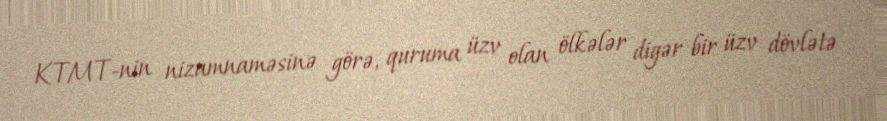
KTMT-nin nizamnaməsinə görə, quruma üzv olan ölkələr digər bir üzv dövlətə